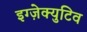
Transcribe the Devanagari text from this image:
इग्ज़ेक्युटिव